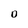
Character: O